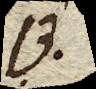
B.